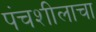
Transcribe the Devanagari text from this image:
पंचशीलाचा